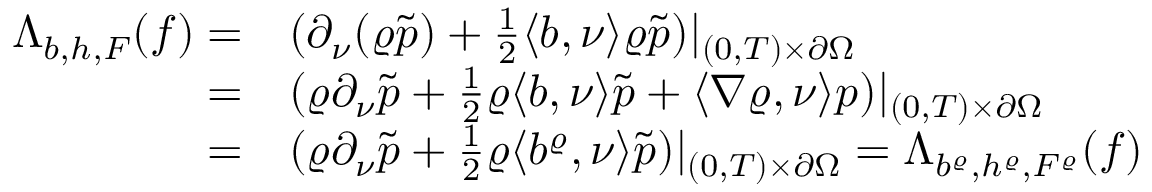
\begin{array} { r l } { \Lambda _ { b , h , F } ( f ) = } & { ( \partial _ { \nu } ( \varrho \tilde { p } ) + \frac { 1 } { 2 } \langle b , \nu \rangle \varrho \tilde { p } ) | _ { ( 0 , T ) \times \partial \Omega } } \\ { = } & { ( \varrho \partial _ { \nu } \tilde { p } + \frac { 1 } { 2 } \varrho \langle b , \nu \rangle \tilde { p } + \langle \nabla \varrho , \nu \rangle p ) | _ { ( 0 , T ) \times \partial \Omega } } \\ { = } & { ( \varrho \partial _ { \nu } \tilde { p } + \frac { 1 } { 2 } \varrho \langle b ^ { \varrho } , \nu \rangle \tilde { p } ) | _ { ( 0 , T ) \times \partial \Omega } = \Lambda _ { b ^ { \varrho } , h ^ { \varrho } , F ^ { \varrho } } ( f ) } \end{array}